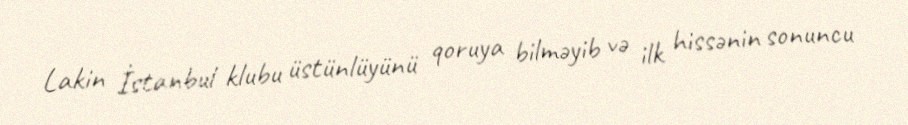
Lakin İstanbul klubu üstünlüyünü qoruya bilməyib və ilk hissənin sonuncu